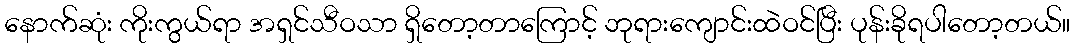
နောက်ဆုံး ကိုးကွယ်ရာ အရှင်သီဝသာ ရှိတော့တာကြောင့် ဘုရားကျောင်းထဲဝင်ပြီး ပုန်းခိုရပါတော့တယ်။